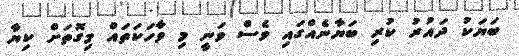
ބަޔަކު ދައުރު ކުރި ބަޔާނެއްގައި ވެސް ވަނީ މި ވާހަކަތައް މިގޮތަށް ކިޔާ